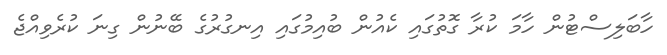
ހާބަލިސްޓުން ހާމަ ކުރާ ގޮތުގައި ކެއުން ބުއިމުގައި އިނގުރުގެ ބޭނުން ގިނަ ކުރެވިއްޖެ